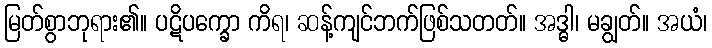
မြတ်စွာဘုရား၏။ ပဋိပက္ခော ကိရ၊ ဆန့်ကျင်ဘက်ဖြစ်သတတ်။ အဒ္ဓါ၊ မချွတ်။ အယံ၊